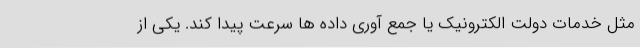
مثل خدمات دولت الکترونیک یا جمع آوری داده ها سرعت پیدا کند. یکی از